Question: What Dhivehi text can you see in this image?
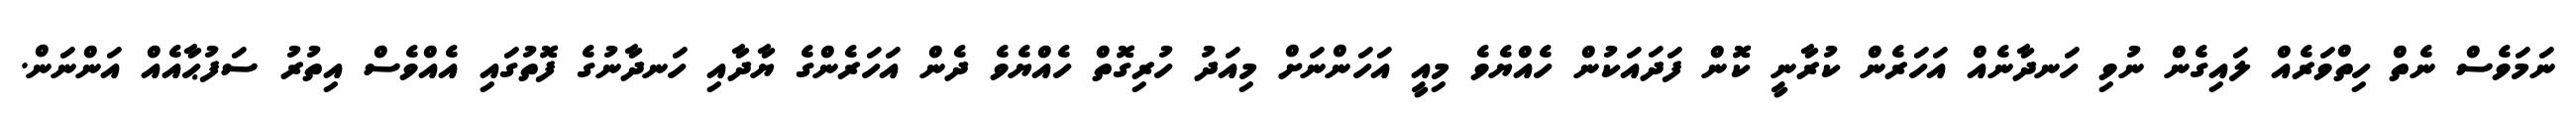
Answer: ނަމަވެސް ނެތް ހިތްވަރެއް ލައިގެން ނުވި ހަނދާނެއް އަހަރެން ކުރާނީ ކޮން ފަދައަކުން ހެއްޔެވެ މިއީ އަހަންނަށް މިއަދު ހުރިގޮތް ހެއްޔެވެ ދެން އަހަރެންގެ ޔާދާއި ހަނދާނުގެ ފޮތުގައި އެއްވެސް އިތުރު ސަފުޙާއެއް އަންނަން.